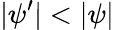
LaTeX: |\psi^{\prime}|<|\psi|